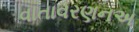
વાતાવરણનઅ